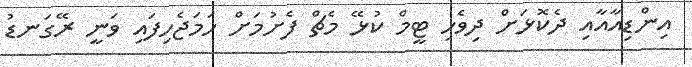
އިންޑިއާއާއި ދެކޮޅަށް ދިވެހި ޓީމް ކުޅޭ މެޗް ފެށުމަށް ހަމަޖެހިފައި ވަނީ ރޭގަނޑު